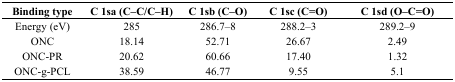
| Binding type | C 1sa (C–C/C–H) | C 1sb (C–O) | C 1sc (C=O) | C 1sd (O–C=O) |
 | --- | --- | --- | --- | --- |
 | Energy (eV) | 285 | 286.7–8 | 288.2–3 | 289.2–9 |
 | ONC | 18.14 | 52.71 | 26.67 | 2.49 |
 | ONC-PR | 20.62 | 60.66 | 17.40 | 1.32 |
 | ONC-g-PCL | 38.59 | 46.77 | 9.55 | 5.1 |